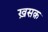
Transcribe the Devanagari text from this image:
ख़सक़